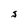
Character: S